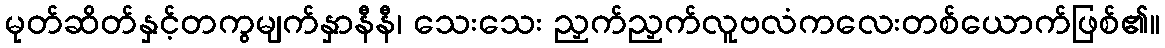
မုတ်ဆိတ်နှင့်တကွမျက်နှာနီနီ၊ သေးသေး ညှက်ညှက်လူဗလံကလေးတစ်ယောက်ဖြစ်၏။